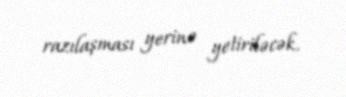
razılaşması yerinə yetiriləcək.